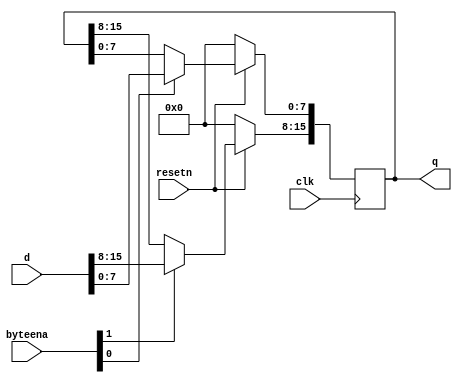
module top_module (
    input wire        clk,
    input wire        resetn,
    input wire [ 1:0] byteena,
    input wire [15:0] d,
    output reg [15:0] q
    );
    
    always @(posedge clk) 
    begin
        if (~resetn)
            q <= 0;
        else 
        begin
            if (byteena[1])  q[15:8] <= d[15:8];
        	if (byteena[0])  q[ 7:0] <= d[7:0];
        end
    end

endmodule